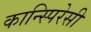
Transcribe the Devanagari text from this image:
कान्स्पिरेसी